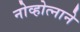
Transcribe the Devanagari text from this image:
नोव्होत्नाने